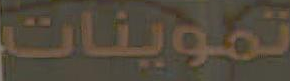
تموينات